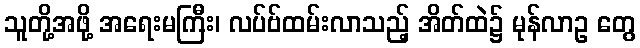
သူတို့အဖို့ အရေးမကြီး၊ လပ်ဗ်ထမ်းလာသည့် အိတ်ထဲ၌ မုန်လာဥ တွေ